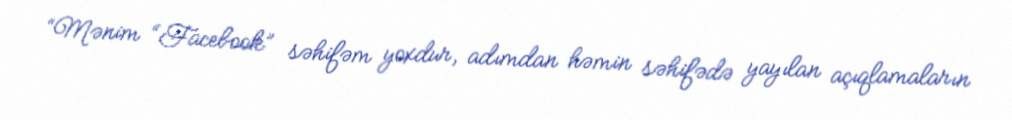
“Mənim “Facebook” səhifəm yoxdur, adımdan həmin səhifədə yayılan açıqlamaların